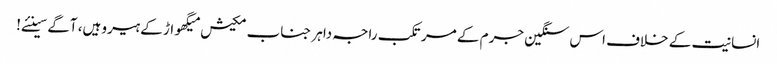
انسانیت کے خلاف اس سنگین جرم کے مرتکب راجہ داہر جناب مکیش میگھواڑ کے ہیرو ہیں، آگے سینئے!